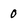
Character: 0